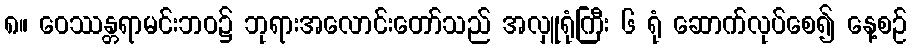
၈။ ဝေဿန္တရာမင်းဘဝ၌ ဘုရားအလောင်းတော်သည် အလှူရုံကြီး ၆ ရုံ ဆောက်လုပ်စေ၍ နေ့စဉ်